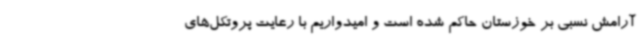
آرامش نسبی بر خوزستان حاکم شده است و امیدواریم با رعایت پروتکل‌های